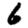
Digit: 6